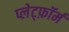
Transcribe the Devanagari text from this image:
प्लेट्फ़ॉर्म